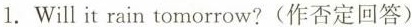
1. Will it rain tomorrow?(作否定回答)